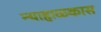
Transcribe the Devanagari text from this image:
न्याहाळकास